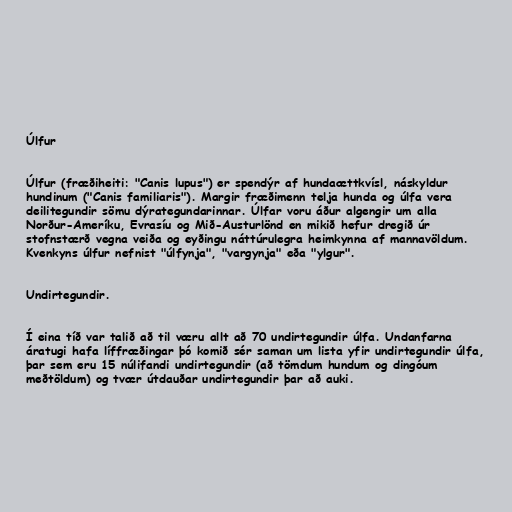
Úlfur

Úlfur (fræðiheiti: "Canis lupus") er spendýr af hundaættkvísl, náskyldur
hundinum ("Canis familiaris"). Margir fræðimenn telja hunda og úlfa vera
deilitegundir sömu dýrategundarinnar. Úlfar voru áður algengir um alla
Norður-Ameríku, Evrasíu og Mið-Austurlönd en mikið hefur dregið úr
stofnstærð vegna veiða og eyðingu náttúrulegra heimkynna af mannavöldum.
Kvenkyns úlfur nefnist "úlfynja", "vargynja" eða "ylgur".

Undirtegundir.

Í eina tíð var talið að til væru allt að 70 undirtegundir úlfa. Undanfarna
áratugi hafa líffræðingar þó komið sér saman um lista yfir undirtegundir úlfa,
þar sem eru 15 núlifandi undirtegundir (að tömdum hundum og dingóum
meðtöldum) og tvær útdauðar undirtegundir þar að auki.